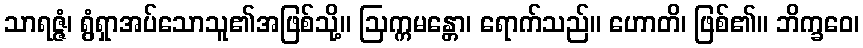
သာရဇ္ဇံ၊ ရွံရှာအပ်သောသူ၏အဖြစ်သို့။ ဩက္ကမန္တော၊ ရောက်သည်။ ဟောတိ၊ ဖြစ်၏။ ဘိက္ခဝေ၊